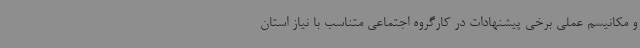
و مکانیسم عملی برخی پیشنهادات در کارگروه اجتماعی متناسب با نیاز استان